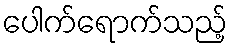
ပေါက်ရောက်သည့်